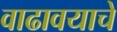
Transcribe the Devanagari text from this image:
वाढावयाचे